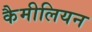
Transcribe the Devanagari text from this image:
कैमीलियन